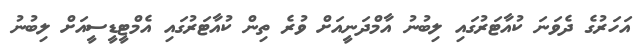
އަހަރުގެ ދެވަަނަ ކުއާޓަރުގައި ލިބުނު އާމްދަނީއަށް ވުރެ ތިން ކުއާޓަރުގައި އެމްޓީޑީސީއަށް ލިބުނު